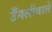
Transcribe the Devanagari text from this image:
उँगलीवाले